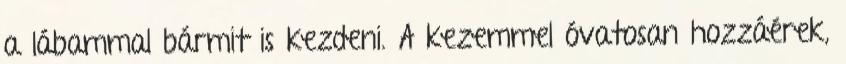
a lábammal bármit is kezdeni. A kezemmel óvatosan hozzáérek,